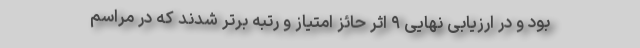
بود و در ارزیابی نهایی ۹ اثر حائز امتیاز و رتبه برتر شدند که در مراسم